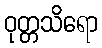
ဝုတ္တသိရော